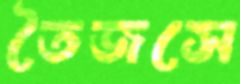
তৈজসে